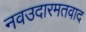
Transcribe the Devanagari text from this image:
नवउदारमतवाद